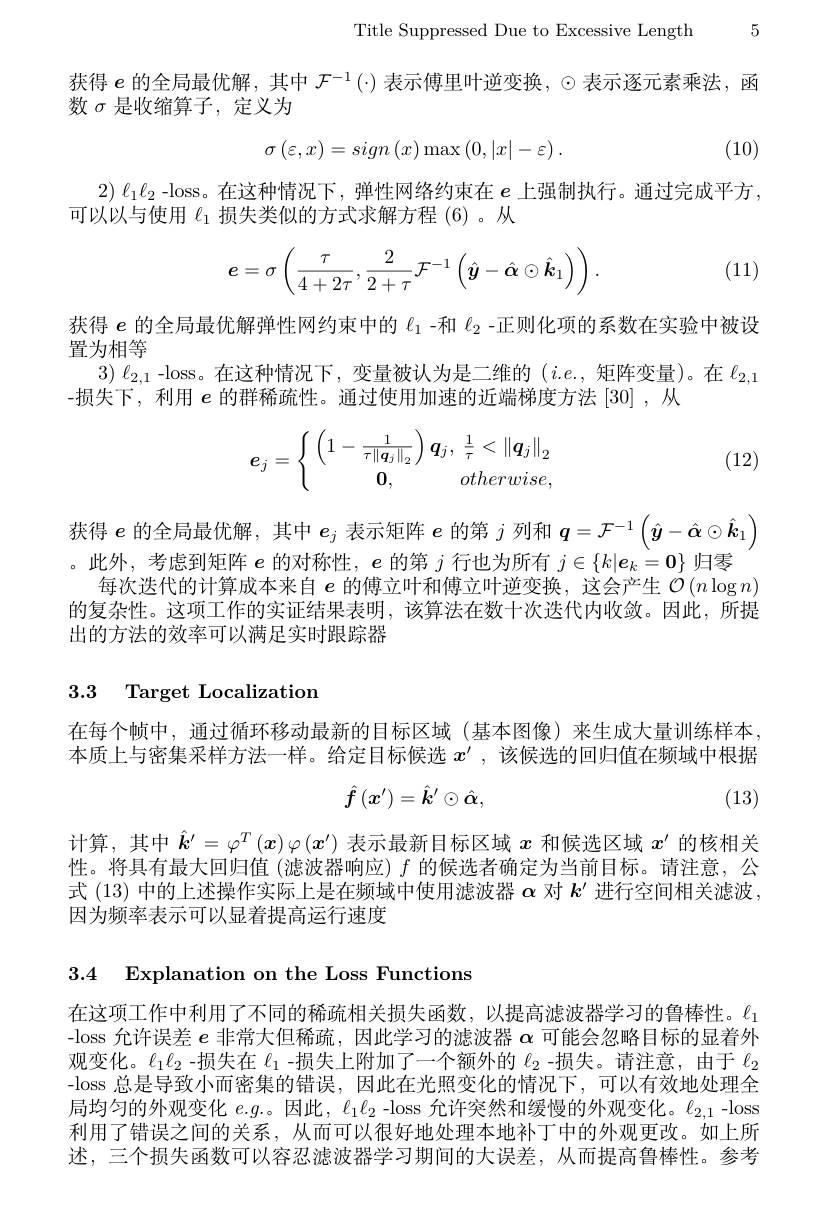
Title Suppressed Due to Excessive Length 5

获得$e$的全局最优解，其中$\mathcal{F}^-1(\cdot)$表示傅里叶逆变换，$\odot$表示逐元素乘法，函
数$\sigma$是收缩算子，定义为
$$\sigma\left(\varepsilon,x\right)=sign\left(x\right)\max\left(0,\left|x\right|-\varepsilon\right).$$
(10)

$\begin{array}{c}{2)\ell_{1}\ell_{2}\text{ -loss。在这种情况下，弹性网络约束在 }e\text{ 上强制执行。通过完成平方},}\\{\text{可以以与使用 }\ell_{1}\text{ 损失类似的方式求解方程 }(6)\text{ 。从}}\end{array}$
$$\boldsymbol{e}=\sigma\left(\frac{\tau}{4+2\tau},\frac{2}{2+\tau}\mathcal{F}^{-1}\left(\hat{\boldsymbol{y}}-\hat{\boldsymbol{\alpha}}\odot\hat{\boldsymbol{k}}_{1}\right)\right).$$
(11)

获得$e$的全局最优解弹性网约束中的$\ell_1$ -和$\ell_2$ -正则化项的系数在实验中被设
置为相等
$3)\ell_{2,1}$ -loss。在这种情况下，变量被认为是二维的$(i.e.$,矩阵变量)。在$\ell_2,1$
-损失下，利用$e$的群稀疏性。通过使用加速的近端梯度方法 [30] ,从
$$\boldsymbol{e}_j=\left\{\begin{array}{c}\left(1-\frac{1}{\tau\|\boldsymbol{q}_j\|_2}\right)\boldsymbol{q}_j,\:\frac{1}{\tau}<\left\|\boldsymbol{q}_j\right\|_2\\\boldsymbol{0},\quad otherwise,\end{array}\right.$$
(12)

获得$e$的全局最优解，其中$e_j$表示矩阵$e$的第$j$列和$q=\mathcal{F}^-1\left(\hat{\boldsymbol{y}}-\hat{\boldsymbol{\alpha}}\odot\hat{\boldsymbol{k}}_1\right)$ 。此外，考虑到矩阵$e$的对称性，$e$的第$j$行也为所有$j\in\{k|\boldsymbol{e}_k=\mathbf{0}\}$归零
每次迭代的计算成本来自$e$的傅立叶和傅立叶逆变换，这会产生$\mathcal{O}(n\log n)$ 的复杂性。这项工作的实证结果表明，该算法在数十次迭代内收敛。因此，所提出的方法的效率可以满足实时跟踪器

## 3.3 Target Localization

在每个帧中，通过循环移动最新的目标区域(基本图像)来生成大量训练样本本质上与密集采样方法一样。给定目标候选$x^{\prime}$ ,该候选的回归值在频域中根据
$$\hat{f}\left(x^{\prime}\right)=\hat{k}^{\prime}\odot\hat{\alpha},$$
(13)

计算，其中$\hat{\boldsymbol{k}}^{\prime}=\varphi^T\left(x\right)\varphi\left(x^{\prime}\right)$表示最新目标区域$x$和候选区域$x^\prime$的核相关性。将具有最大回归值 (滤波器响应) $f$的候选者确定为当前目标。请注意，公式 (13) 中的上述操作实际上是在频域中使用滤波器$\alpha$对$k^\prime$进行空间相关滤波因为频率表示可以显着提高运行速度

3.4 Explanation on the Loss Functions

在这项工作中利用了不同的稀疏相关损失函数，以提高滤波器学习的鲁棒性。$\ell_{1}$ -loss 允许误差$e$非常大但稀疏，因此学习的滤波器$\alpha$可能会忽略目标的显着外观变化。$\ell_1\ell_2$ -损失在$\ell_1$ -损失上附加了一个额外的$\ell_{2}$ -损失。请注意，由于$\ell_{2}$ -loss 总是导致小而密集的错误，因此在光照变化的情况下，可以有效地处理全局均匀的外观变化$e.g.$。因此，$\ell_1\ell_2$ -loss 允许突然和缓慢的外观变化。$\ell_{2,1}$ -loss 利用了错误之间的关系，从而可以很好地处理本地补丁中的外观更改。如上所述，三个损失函数可以容忍滤波器学习期间的大误差，从而提高鲁棒性。参考